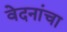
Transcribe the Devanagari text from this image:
वेदनांचा